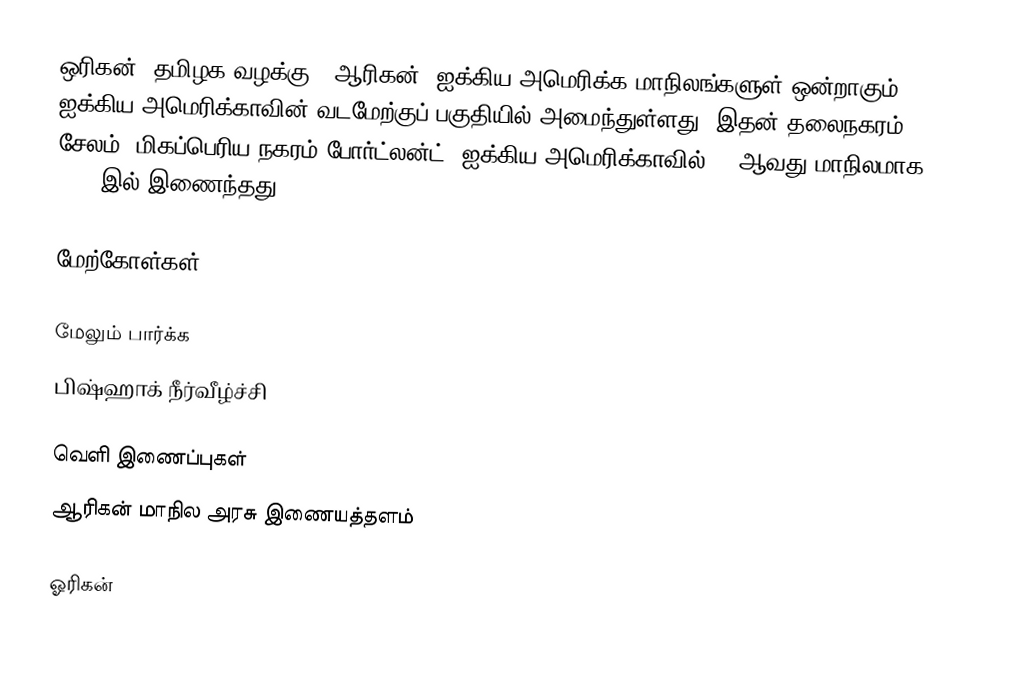
ஒரிகன் (தமிழக வழக்கு - ஆரிகன்) ஐக்கிய அமெரிக்க மாநிலங்களுள் ஒன்றாகும். ஐக்கிய அமெரிக்காவின் வடமேற்குப் பகுதியில் அமைந்துள்ளது. இதன் தலைநகரம் சேலம், மிகப்பெரிய நகரம் போர்ட்லன்ட். ஐக்கிய அமெரிக்காவில் 33 ஆவது மாநிலமாக 1859 இல் இணைந்தது,

மேற்கோள்கள்

மேலும் பார்க்க
 பிஷ்ஹாக் நீர்வீழ்ச்சி

வெளி இணைப்புகள்
 ஆரிகன் மாநில அரசு இணையத்தளம்

ஓரிகன்